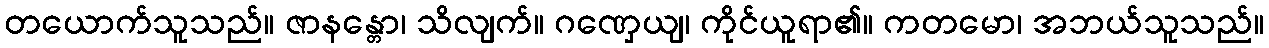
တယောက်သူသည်။ ဇာနန္တော၊ သိလျက်။ ဂဏှေယျ၊ ကိုင်ယူရာ၏။ ကတမော၊ အဘယ်သူသည်။